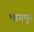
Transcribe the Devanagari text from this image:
भागपुर